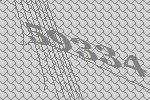
59334